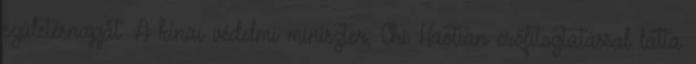
születésnapját. A kínai védelmi miniszter, Chi Haotian erőfitogtatással látta